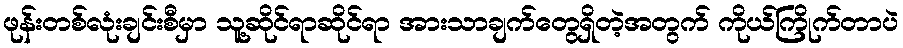
ဖုန်းတစ်လုံးချင်းစီမှာ သူ့ဆိုင်ရာဆိုင်ရာ အားသာချက်တွေရှိတဲ့အတွက် ကိုယ်ကြိုက်တာပဲ